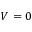
V = 0